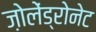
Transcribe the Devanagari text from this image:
ज़ोलेंड्रोनेट